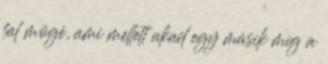
fal mögé, ami mellett akad egy másik míg a